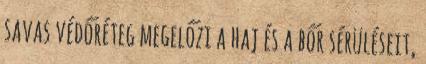
savas védőréteg megelőzi a haj és a bőr sérüléseit,